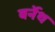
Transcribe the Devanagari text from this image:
बर्नेथ